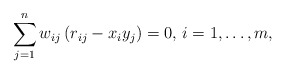
\begin{align*}\sum\limits_{j=1}^n w_{ij} \left( r_{ij}-x_{i}y_{j} \right)=0,\thinspace i=1,\mathellipsis ,m,\end{align*}